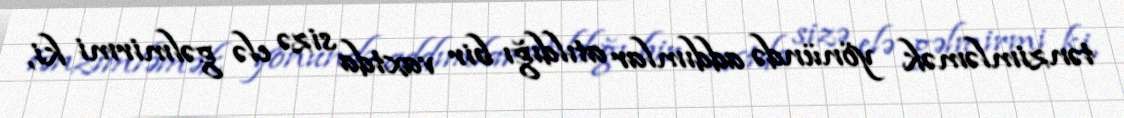
tənzimləmək yönündə addımlar atıldığı bir vaxtda sizə elə gəlmirmi ki,